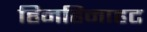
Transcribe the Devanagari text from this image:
हिनहिनाहट